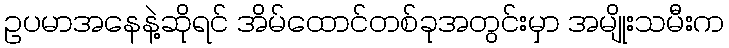
ဥပမာအနေနဲ့ဆိုရင် အိမ်ထောင်တစ်ခုအတွင်းမှာ အမျိုးသမီးက